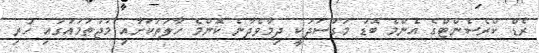
ރެޑް ކްރެސެންޓްގެ އެންމެ ބޮޑު މަގުސަދަކީ ދިމާވެދާނެ ކޮންމެ ހާލަތަކަށާއި މުޖުތަމައުގައި ހުރި